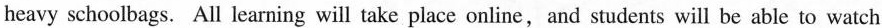
heavy schoolbags. All learning will take place online,and students will be able to watch